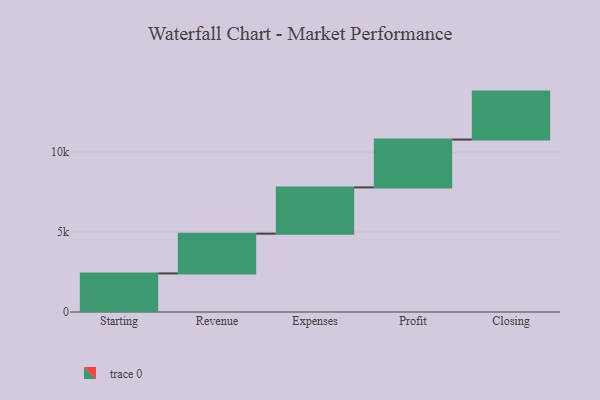
{"axis": {"x": "Step", "y": "Value"}, "legend": [""], "data": [{"x": "Starting", "y": 2413.0, "type": ""}, {"x": "Revenue", "y": 2486.0, "type": ""}, {"x": "Expenses", "y": 2895.0, "type": ""}, {"x": "Profit", "y": 2991.0, "type": ""}, {"x": "Closing", "y": 3000, "type": ""}]}